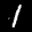
Label: 1